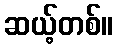
ဆယ့်တစ်။